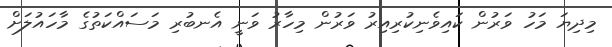
މިދިޔަ މަހު ވަރުން ކައިވެނިކުރިއިރު ވަރުން މިހާރު ވަނީ އެނބުރި މަސައްކަތުގެ މާހައުލަށް